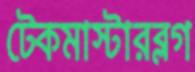
টেকমাস্টারব্লগ